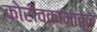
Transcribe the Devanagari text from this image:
कोरीवकामातून